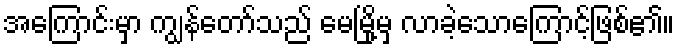
အကြောင်းမှာ ကျွန်တော်သည် မေမြို့မှ လာခဲ့သောကြောင့်ဖြစ်၏။